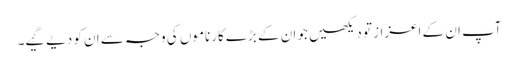
آپ ان کے اعزاز تو دیکھیں جو ان کے بڑے کارناموں کی وجہ سے ان کو دیے گیے۔